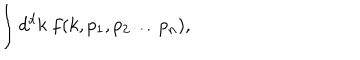
LaTeX: \int d ^ { d } k \ f ( k , p _ { 1 } , p _ { 2 } \ldots p _ { n } ) ,